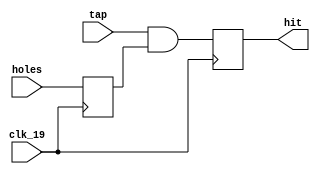
`timescale 1ns / 1ps
//////////////////////////////////////////////////////////////////////////////////
// Company: 
// Engineer: 
// 
// Design Name: 
// Module Name: wam_hit
// Project Name: 
// Target Devices: 
// Tool Versions: 
// Description: 
// 
// Dependencies: 
// 
// Revision:
// Revision 0.01 - File Created
// Additional Comments:
// 
//////////////////////////////////////////////////////////////////////////////////


module wam_hit (            // get successful hit condition
    input wire clk_19,
    input wire [7:0] tap,
    input wire [7:0] holes,
    output reg [7:0] hit    // effective hit
    );

    reg [7:0] holes_pre;    // holes last status

    always @ (posedge clk_19) begin
        hit <= tap & holes_pre;     // both tap and have mole, then is successful hit
        holes_pre <= holes;         // save hole status
    end
endmodule // wam_hit